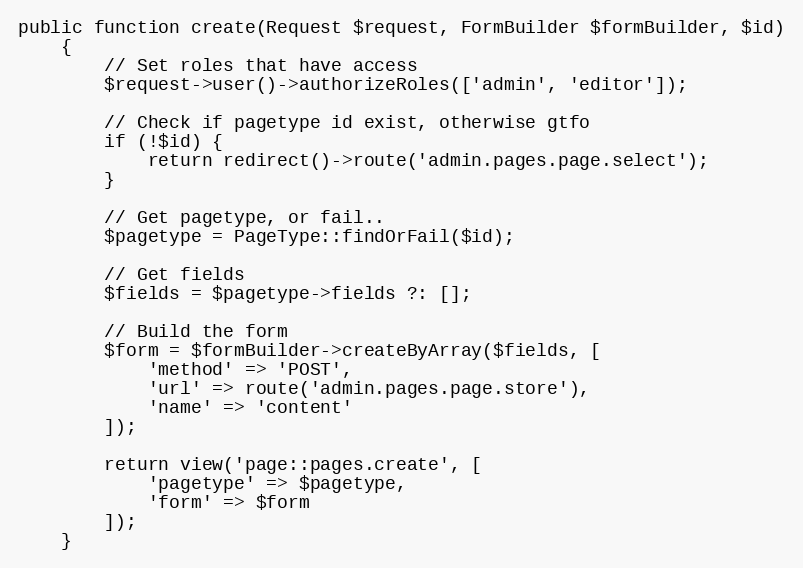
Language: PHP
public function create(Request $request, FormBuilder $formBuilder, $id)
    {
        // Set roles that have access
        $request->user()->authorizeRoles(['admin', 'editor']);

        // Check if pagetype id exist, otherwise gtfo
        if (!$id) {
            return redirect()->route('admin.pages.page.select');
        }

        // Get pagetype, or fail..
        $pagetype = PageType::findOrFail($id);

        // Get fields
        $fields = $pagetype->fields ?: [];

        // Build the form
        $form = $formBuilder->createByArray($fields, [
            'method' => 'POST',
            'url' => route('admin.pages.page.store'),
            'name' => 'content'
        ]);

        return view('page::pages.create', [
            'pagetype' => $pagetype,
            'form' => $form
        ]);
    }